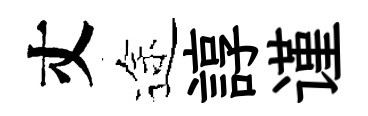
丈途諄谨